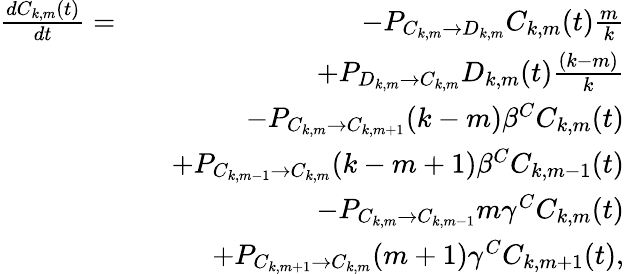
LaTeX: \begin{array}{rlr}{\frac{dC_{k,m}(t)}{dt}=}&{}&{-P_{C_{k,m}\rightarrow D_{k,m}}C_{k,m}(t)\frac{m}{k}}\\ &{}&{+P_{D_{k,m}\rightarrow C_{k,m}}D_{k,m}(t)\frac{(k-m)}{k}}\\ &{}&{-P_{C_{k,m}\rightarrow C_{k,m+1}}(k-m)\beta^{C}C_{k,m}(t)}\\ &{}&{+P_{C_{k,m-1}\rightarrow C_{k,m}}(k-m+1)\beta^{C}C_{k,m-1}(t)}\\ &{}&{-P_{C_{k,m}\rightarrow C_{k,m-1}}m\gamma^{C}C_{k,m}(t)}\\ &{}&{+P_{C_{k,m+1}\rightarrow C_{k,m}}(m+1)\gamma^{C}C_{k,m+1}(t),}\end{array}